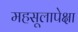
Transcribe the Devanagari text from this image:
महसूलापेक्षा